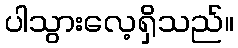
ပါသွားလေ့ရှိသည်။